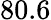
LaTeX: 80.6